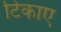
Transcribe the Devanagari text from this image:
टिकाए